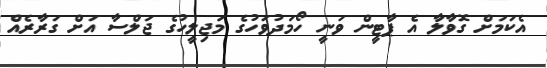
އެކަމަށް ގޮވާލާ އެ ޕާޓީން ވަނީ ހޯމަދުވަހުގެ މަޖިލީހުގެ ޖަލްސާ އަށް ގަރާރެއް